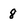
Character: 8